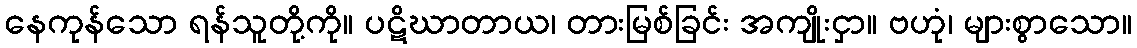
နေကုန်သော ရန်သူတို့ကို။ ပဋိဃာတာယ၊ တားမြစ်ခြင်း အကျိုးငှာ။ ဗဟုံ၊ များစွာသော။